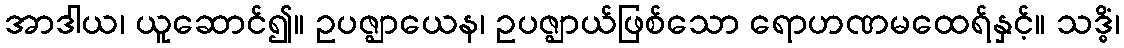
အာဒါယ၊ ယူဆောင်၍။ ဥပဇ္ဈာယေန၊ ဥပဇ္ဈာယ်ဖြစ်သော ရောဟဏမထေရ်နှင့်။ သဒ္ဓိံ၊